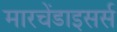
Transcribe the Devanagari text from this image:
मारचेंडाइसर्स